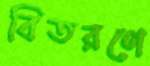
বিতরণে